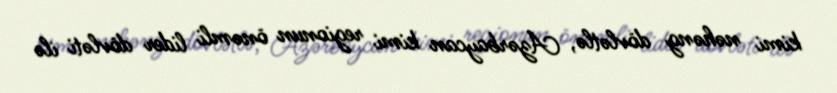
kimi nəhəng dövlətlə, Azərbaycan kimi regionun önəmli lider dövləti ilə